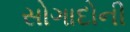
સોગાદોની